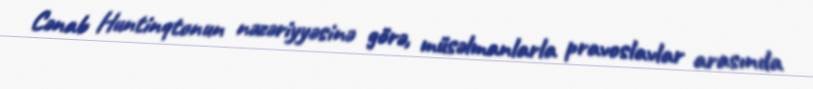
Cənab Huntinqtonun nəzəriyyəsinə görə, müsəlmanlarla pravoslavlar arasında